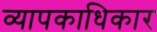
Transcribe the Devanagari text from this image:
व्यापकाधिकार